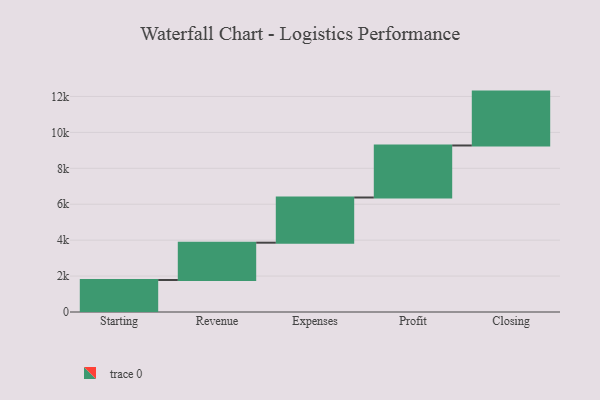
{"axis": {"x": "Step", "y": "Value"}, "legend": [""], "data": [{"x": "Starting", "y": 1782.0, "type": ""}, {"x": "Revenue", "y": 2077.0, "type": ""}, {"x": "Expenses", "y": 2516.0, "type": ""}, {"x": "Profit", "y": 2896.0, "type": ""}, {"x": "Closing", "y": 3000, "type": ""}]}